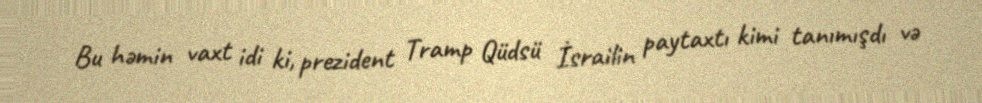
Bu həmin vaxt idi ki, prezident Tramp Qüdsü İsrailin paytaxtı kimi tanımışdı və